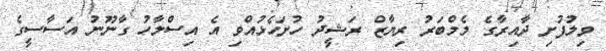
ވިލުފުށި ދާއިރާގެ މެމްބަރު ރިޔާޒް ރަޝީދު ހުށަހެޅުއްވި އެ އިސްލާހު ގާނޫނު އަސާސީގެ